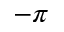
- \pi